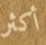
أكثر